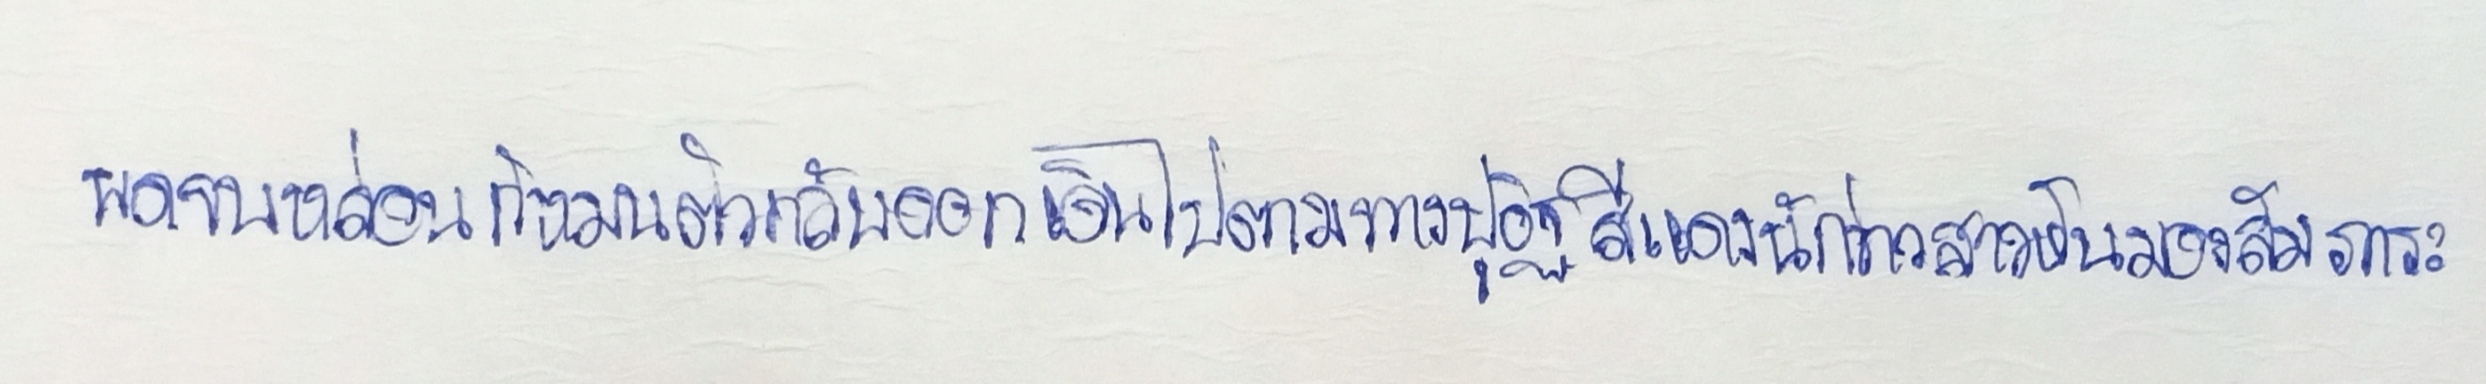
พูดจบหล่อนก็หมุนตัวกลับออกเดินไปตามทางปูอิฐสีแดงนักข่าวสาวหันมองสัมภาระ